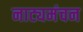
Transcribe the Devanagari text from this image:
नाट्यमंचन